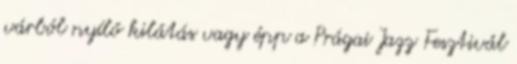
várból nyíló kilátás vagy épp a Prágai Jazz Fesztivál